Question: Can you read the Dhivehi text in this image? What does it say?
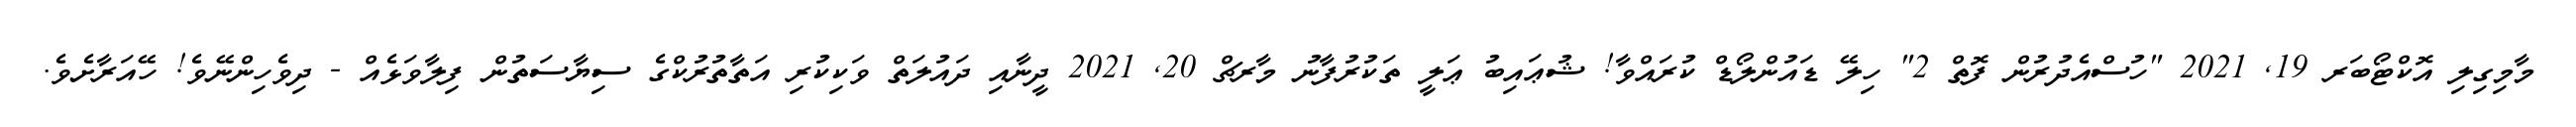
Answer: މާމިގިލި އޮކްޓޯބަރ 19, 2021 "ހުސްއެދުރުން ފޮތް 2" ހިލޭ ޑައުންލޯޑް ކުރައްވާ! ޝުޢައިބު ޢަލީ ތަކުރުފާނު މާރޗް 20, 2021 ދީނާއި ދައުލަތް ވަކިކުރި އަތާތުރުކްގެ ސިޔާސަތުން ފިލާވަޅެއް - ދިވެހިންނޭވެ! ހޭއަރާށެވެ.